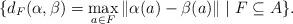
LaTeX: \begin{align*}\{d_F(\alpha,\beta)=\max_{a\in F}\|\alpha(a)-\beta(a)\| \mid F\subseteq A \}.\end{align*}